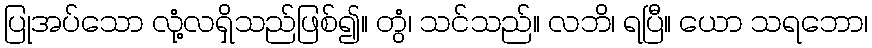
ပြုအပ်သော လုံ့လရှိသည်ဖြစ်၍။ တွံ၊ သင်သည်။ လဘိ၊ ရပြီ။ ယော သရဘော၊